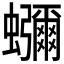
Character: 𮕖